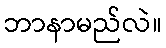
ဘာနာမည်လဲ။